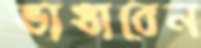
ভাঙাবেন